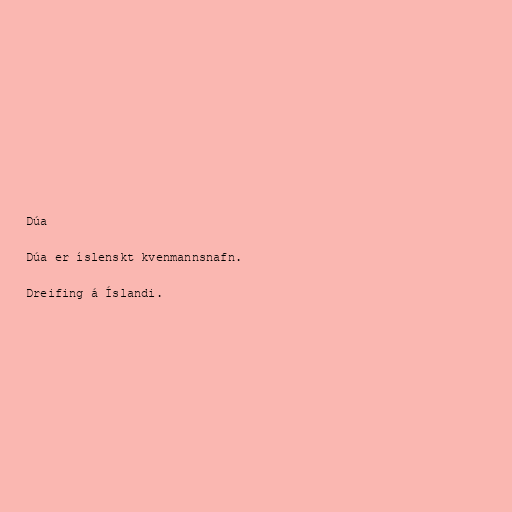
Dúa

Dúa er íslenskt kvenmannsnafn.

Dreifing á Íslandi.